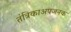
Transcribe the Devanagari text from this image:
तंत्रिकाअपजनक